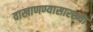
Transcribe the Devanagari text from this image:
वाखाणण्यासारख्या